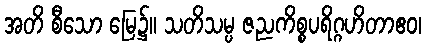
အတိ စီသော မြေ၌။ သတိသမ္ပ ဇညကိစ္စပရိဂ္ဂဟိတာဧဝ၊